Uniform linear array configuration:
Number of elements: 64
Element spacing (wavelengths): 0.25
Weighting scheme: hann
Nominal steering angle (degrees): -60
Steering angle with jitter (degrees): -58.824
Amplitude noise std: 0.05
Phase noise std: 0.05

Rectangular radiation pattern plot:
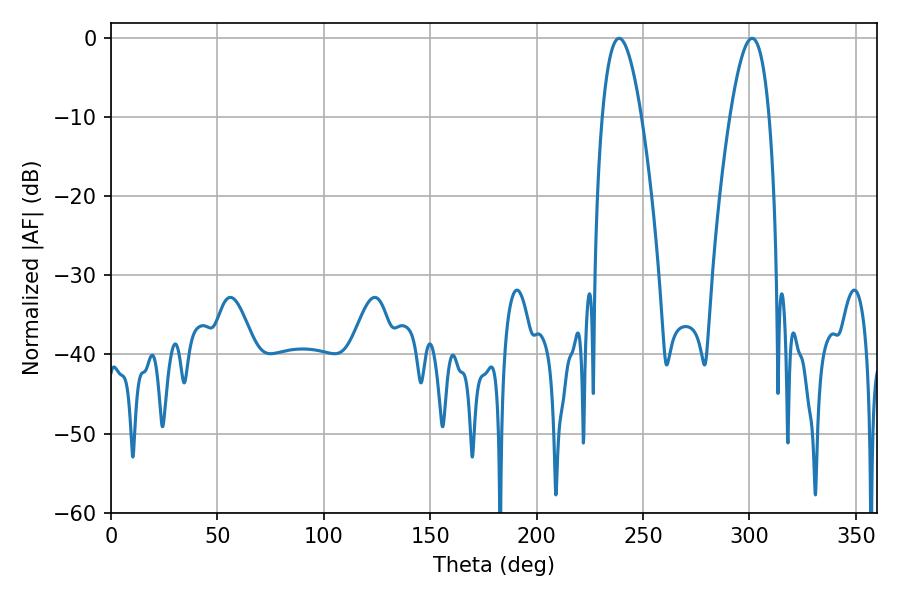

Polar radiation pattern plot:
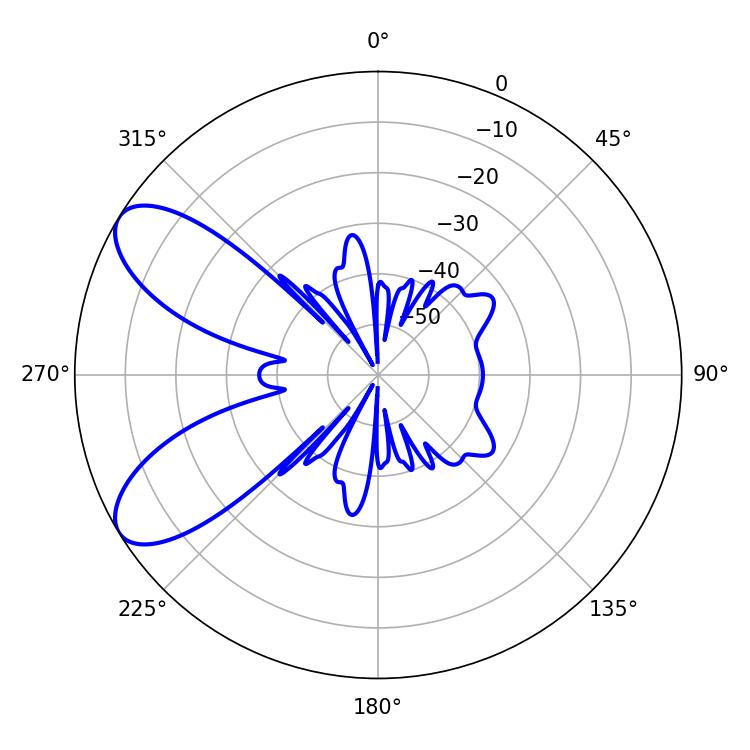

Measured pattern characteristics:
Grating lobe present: FALSE
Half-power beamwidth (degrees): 10.08
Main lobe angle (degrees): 238.68